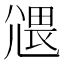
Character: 𡰂